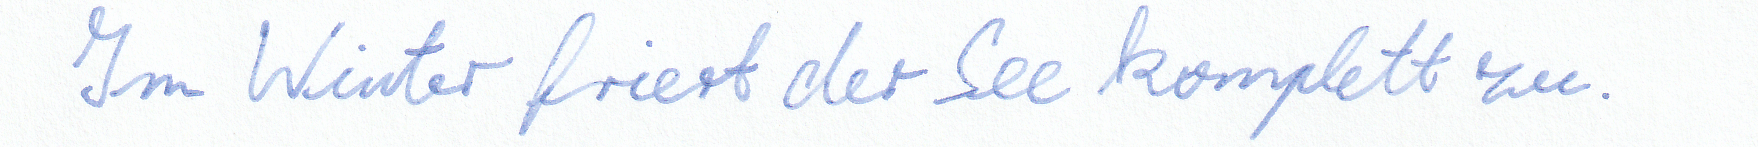
Im Winter friert der See komplett zu.